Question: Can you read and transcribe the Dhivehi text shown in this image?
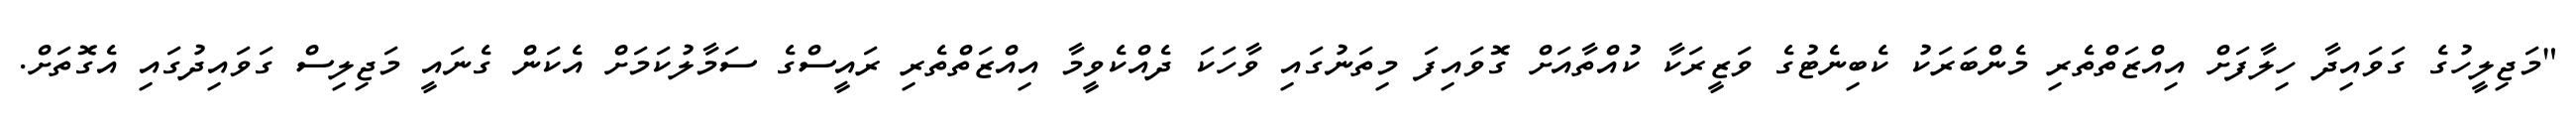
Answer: "މަޖިލީހުގެ ގަވައިދާ ހިލާފަށް އިއްޒަތްތެރި މެންބަރަކު ކެބިނެޓުގެ ވަޒީރަކާ ކުއްތާއަށް ގޮވައިފަ މިތަނުގައި ވާހަކަ ދެއްކެވީމާ އިއްޒަތްތެރި ރައީސްގެ ސަމާލުކަމަށް އެކަން ގެނައީ މަޖިލިސް ގަވައިދުގައި އެގޮތަށް.